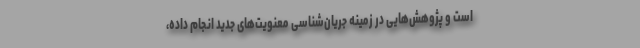
است و پژوهش‌هایی در زمینه جریان‌شناسی معنویت‌های جدید انجام داده،